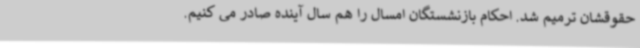
حقوقشان ترمیم شد. احکام بازنشستگان امسال را هم سال آینده صادر می کنیم.